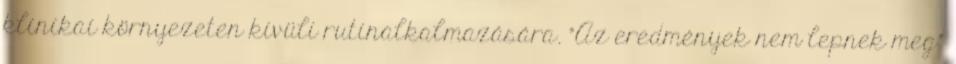
klinikai környezeten kívüli rutinalkalmazására. "Az eredmények nem lepnek meg"